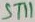
Text: ST11